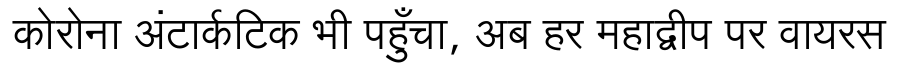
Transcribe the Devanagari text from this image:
कोरोना अंटार्कटिक भी पहुँचा, अब हर महाद्वीप पर वायरस